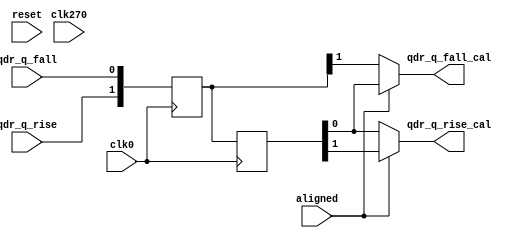
module qdrc_phy_bit_correct(
    clk0,
    clk270,
    reset,

    aligned,

    qdr_q_rise, //180 clock domain
    qdr_q_fall,
    qdr_q_rise_cal,
    qdr_q_fall_cal
  );
  input  clk0, clk270, reset;
  input  aligned;
  input  qdr_q_rise, qdr_q_fall;
  output qdr_q_rise_cal, qdr_q_fall_cal;

  reg [1:0] data_buffer;
  reg [1:0] data_reg;

  always @(posedge clk0) begin
    data_reg    <= {qdr_q_rise, qdr_q_fall};
    data_buffer <= data_reg;
  end

  assign qdr_q_rise_cal = aligned ? data_buffer[1] : data_buffer[0];
  assign qdr_q_fall_cal = aligned ? data_buffer[0] : data_reg[1];

endmodule